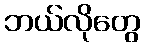
ဘယ်လိုတွေ